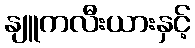
နျူကလီးယားနှင့်